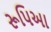
રૂપિઆ